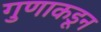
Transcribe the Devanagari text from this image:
गुणाकडून